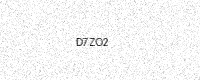
Text: D7ZO2